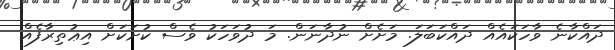
ދައްކާނެ ވާހަކައެއް ދައްކަބަލަ. މަށެށް ނުދާނަން. މަ ދުވަހަކު ވެސް ކުށަކަށް އިޢުތިރާފެއް